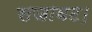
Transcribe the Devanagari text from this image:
सजावट।